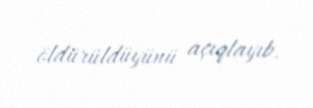
öldürüldüyünü açıqlayıb.